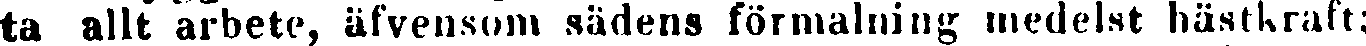
ta allt arbete, äfvensom sädens förmalning medelst hästkraft;